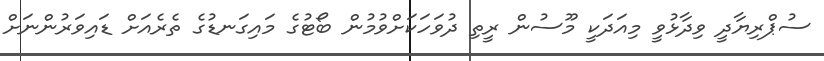
ސުޕްރިޔާދީ ވިދާޅުވީ މިއަދަކީ މޫސުން ރީތި ދުވަހަކަށްވުމުން ބޯޓުގެ މައިގަނޑުގެ ތެރެއަށް ޑައިވަރުންނަށް